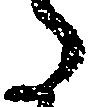
た